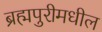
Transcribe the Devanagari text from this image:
ब्रह्मपुरीमधील